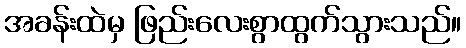
အခန်းထဲမှ ဖြည်းလေးစွာထွက်သွားသည်။